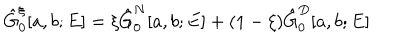
LaTeX: \hat { G } _ { 0 } ^ { \xi } [ a , b ; E ] = \xi \hat { G } _ { 0 } ^ { N } [ a , b ; E ] + ( 1 - \xi ) \hat { G } _ { 0 } ^ { D } [ a , b ; E ]